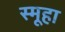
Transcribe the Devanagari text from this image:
स्मूहा